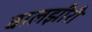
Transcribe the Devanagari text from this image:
वालझीरी